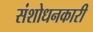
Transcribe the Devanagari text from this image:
संशोधनकारी